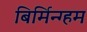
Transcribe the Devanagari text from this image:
बिर्मिन्ग्हम